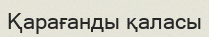
Қарағанды қаласы